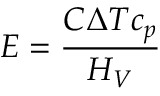
E = { \frac { C \Delta T c _ { p } } { H _ { V } } }